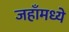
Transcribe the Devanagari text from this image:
जहाँमध्ये